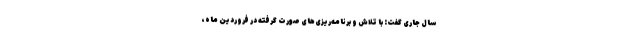
سال جاری گفت: با تلاش و برنامه‌ریزی‌های صورت گرفته در فروردین ماه،